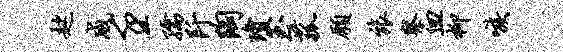
趑威壬孺阡陶琼玉菰愿旅察血柳嗾